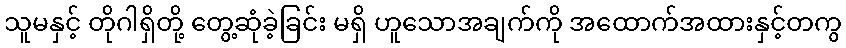
သူမနှင့် တိုဂါရှိတို့ တွေ့ဆုံခဲ့ခြင်း မရှိ ဟူသောအချက်ကို အထောက်အထားနှင့်တကွ